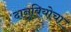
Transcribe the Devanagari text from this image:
दानुबियोचा